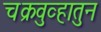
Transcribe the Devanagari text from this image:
चक्रवुव्हातुन